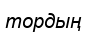
тордың